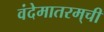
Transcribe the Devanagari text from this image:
वंदेमातरम्‌ची